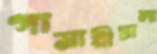
গামারীঢালা